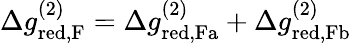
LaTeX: \begin{array}{r}{\Delta g_{\mathrm{red,F}}^{(2)}=\Delta g_{\mathrm{red,Fa}}^{(2)}+\Delta g_{\mathrm{red,Fb}}^{(2)}}\end{array}